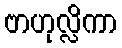
ဗာဟုလ္လိကာ